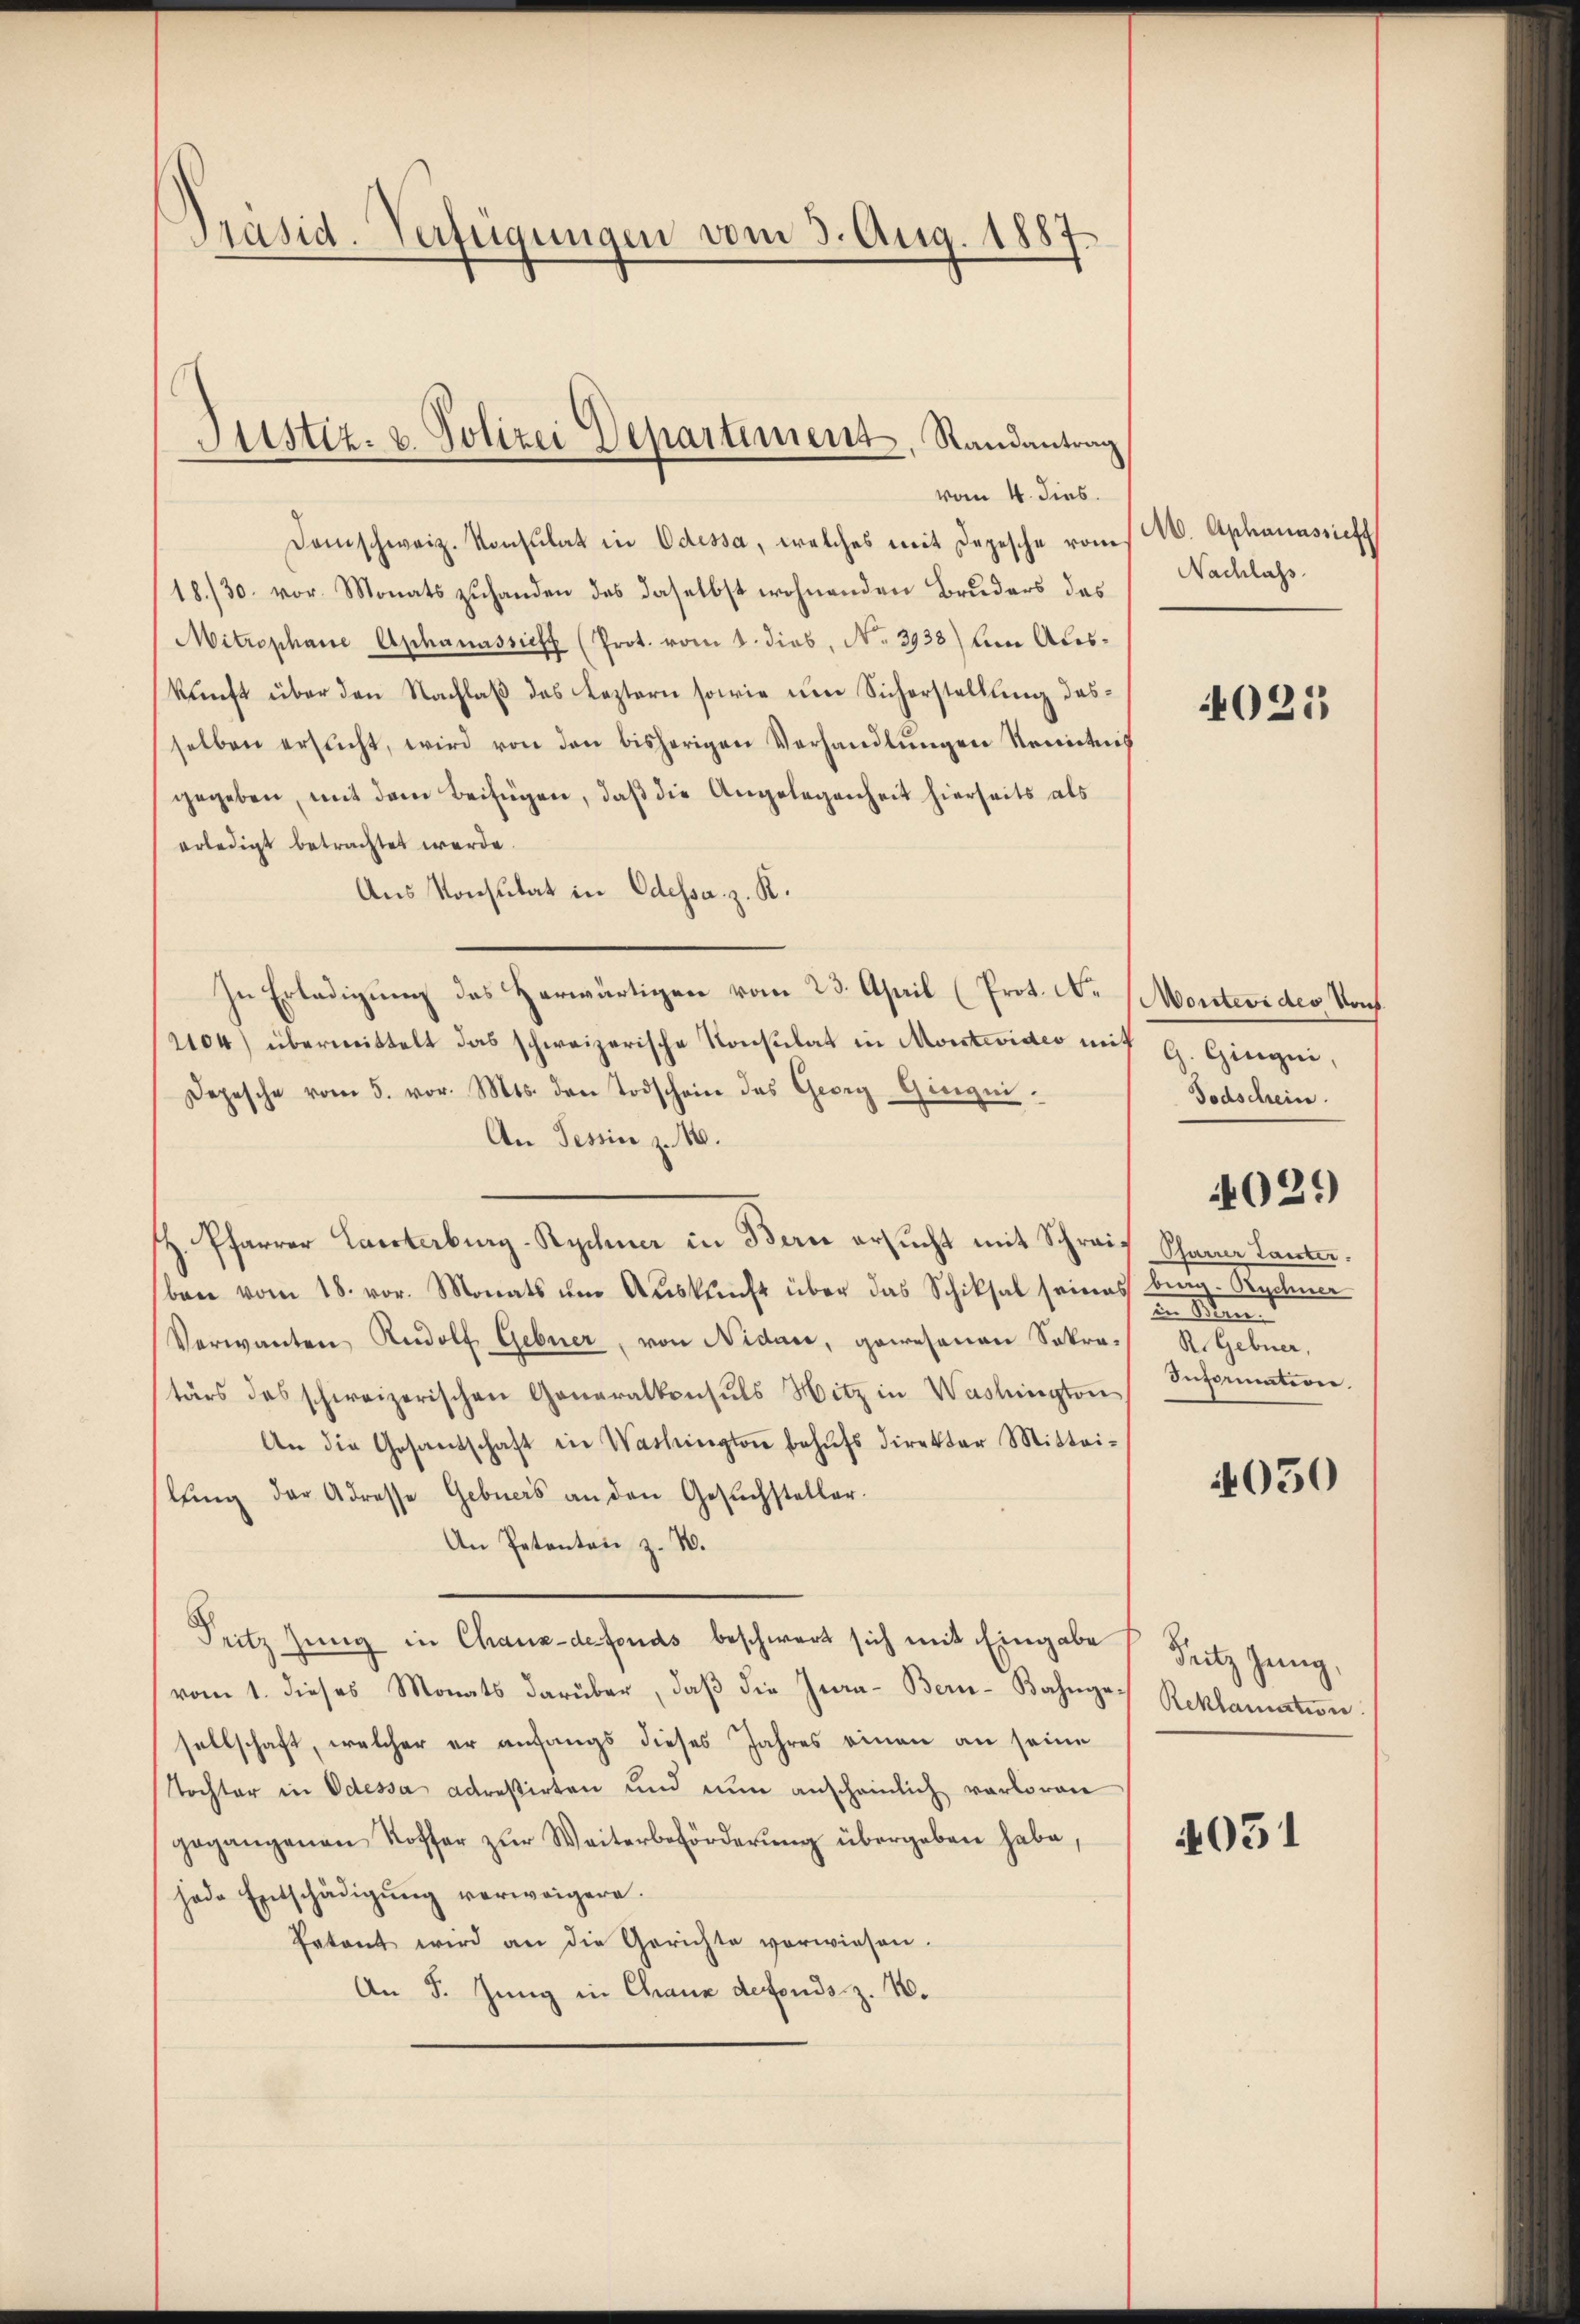
Präsid. Verfügungen vom 3. Aug. 1887.

Justiz- u. Polizei Departement, Randantrag

vom 4. dies.
Damschweiz. Konsulat in Odessa, welches mit Depesche vom
18./30. vor. Monatszuhanden des daselbst wohnenden Bruders das
Mitrophane Aphanassicht (Prot. vom 1. dies, No 3938) um Auskunft über den Nachlaß das Leztern sowie um Sicherstellung desselben ersŭcht, wird von den bisherigen Verhandlŭngen Kenntni
gegeben, mit dem Beifügen, daß die Angelegenheit hierseits als
erledigt betrachtet werde.
Aus Konsulat in Odessa z. R.
In Erledigung des Herwärtigen vom 23. April (Prot. N.
2104) übermittelt das schweizerische Konsulat in Montevideo mit
Depesche vom 5. vor. Mts. den Todschein des Georg Giezin
An Tessin z. 10.
z. Pfarrer Caerterburg-Rechnee in Bern ersucht mit Schreif Schanz lanten.
ben vom 18. vor. Monats um Auskunft über das Schiksal seines beig- Rychner
Verwanten Rudolf Gebner, von Nidare, gewesenen Sokra- R.Gebner,
tärs des schweizerischen Generalkonsuls Hitz in Washington
An die Gesandschaft in Washington behŭfs Direktor Mittei-
lŭng der Adresse Gebuers an den Gesŭchsteller.
An Petenten z. B.
Pritz jung in Chaux-defonds beschwert sich mit Eingabe
vom 1. dieses Monats darüber, daβ die Jura- Bern-Bahnges Reklamation
sellschaft, welcher er anfangs dieses Jahres einen an seine
Tochter in Odessa adreßirten und nun anscheinlich verloren
gegangenen Koffer zŭr Weiterbeförderŭng übergeben habe,
jede Entschädigŭng verweigern.
Patent wird an die Gerichte vorwiesen.
An 5. Jung in Chranz defonds. z. 10.

M. Aphanassieht
Nachlass.

4021

Montevi des von
G. Gingni,
Todschein.

un gefinit
Information

4029

4050

Seitz Jung,

4051